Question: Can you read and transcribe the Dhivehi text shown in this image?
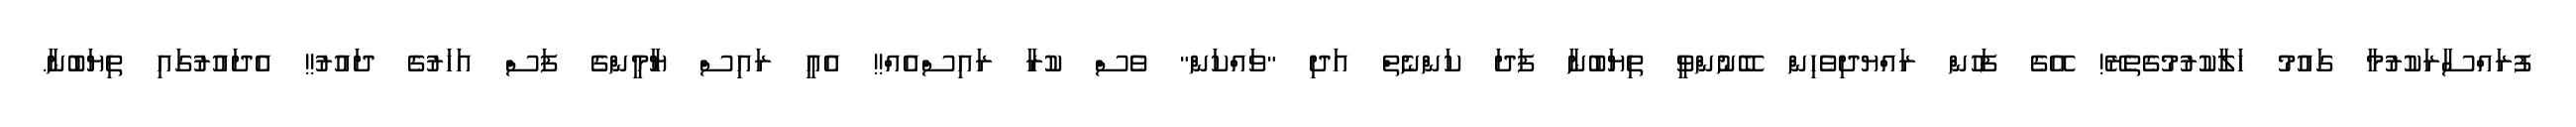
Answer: ފުރައްސާރަކުރުމާ ގައުމު ހަލާކުރުމުގެތެރޭ! އޭގެ ފަހުން ރައްޔދިވެހިން ބޭނުންވީ ތިޔަބުނާ ފަދަ ކަންނެތް އަދި "ވައްކަން" ވެސް ކުރާ ރައިސްއެއް!! އެއީ ރައިސް ޔާމީންގެ ފަސް އަހަރުގެ ދައުރު!! އެދައުރުގައި ތިޔަބުނާ.